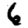
Digit: 6